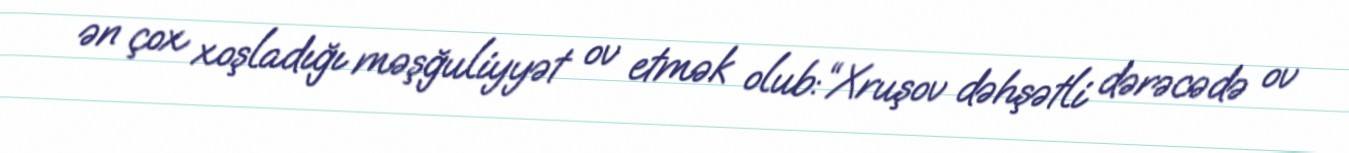
ən çox xoşladığı məşğuliyyət ov etmək olub:“Xruşov dəhşətli dərəcədə ov